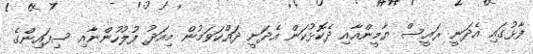
ފާޅުގައި އެދަނީ ރައީސް ޔާމީންއާއި ދެކޮޅުކަން އެދަނީ ދައްކަވަމުން މިއަދު ފުލުހުންނާއި ސިފައިންގެ